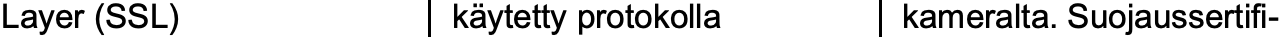
Layer (SSL)   käytetty protokolla kameralta. Suojaussertifi-